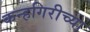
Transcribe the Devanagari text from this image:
कन्हगिरीच्या